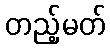
တည့်မတ်